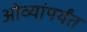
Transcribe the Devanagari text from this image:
ओव्यांपर्यंत